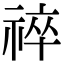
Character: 祽